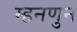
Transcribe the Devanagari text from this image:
म्हनणुन